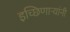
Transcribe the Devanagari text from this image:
इच्छिणाऱ्यांनी